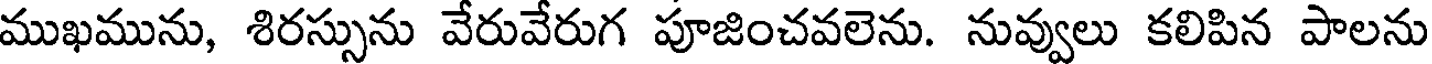
ముఖమును, శిరస్సును వేరువేరుగ పూజించవలెను. నువ్వులు కలిపిన పాలను